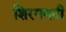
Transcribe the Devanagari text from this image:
शिरगणती